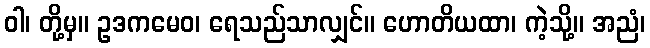
ဝါ၊ တို့မှ။ ဥဒကမေဝ၊ ရေသည်သာလျှင်။ ဟောတိယထာ၊ ကဲ့သို့။ အညံ၊